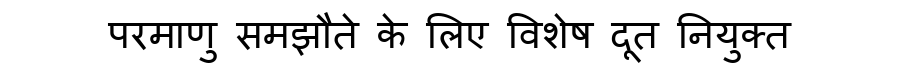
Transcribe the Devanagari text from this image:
परमाणु समझौते के लिए विशेष दूत नियुक्त